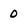
Character: 0